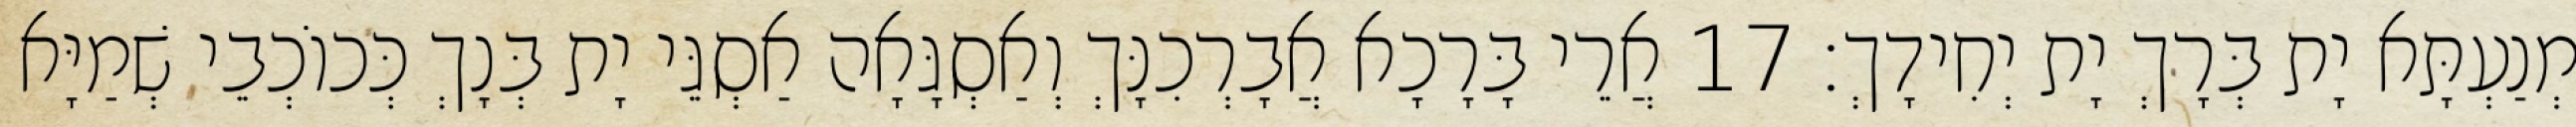
מְנַעְתָּא יָת בְּרָךְ יָת יְחִידָךְ׃ 17 אֲרֵי בָּרָכָא אֲבָרְכִנָּךְ וְאַסְגָּאָה אַסְגֵּי יָת בְּנָךְ כְּכוֹכְבֵי שְׁמַיָּא